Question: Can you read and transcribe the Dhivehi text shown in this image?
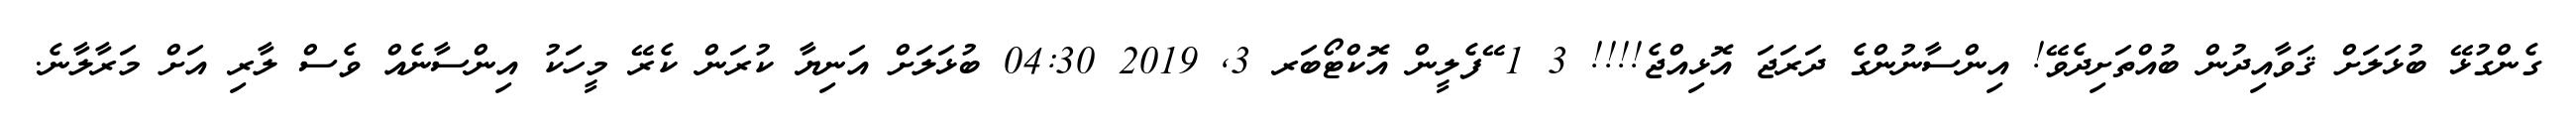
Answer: ގެންގުޅޭ ބުޅަލަށް ޤަވާއިދުން ބުއްތަށިދެވޭ! އިންސާނުންގެ ދަރަޖަ އޮޅިއްޖެ!!!! 3 1 ޭފެލީން އޮކްޓޯބަރ 3, 2019 04:30 ބުޅަލަށް އަނިޔާ ކުރަން ކެރޭ މީހަކު އިންސާނެއް ވެސް ލާރި އަށް މަރާލާނެ.